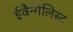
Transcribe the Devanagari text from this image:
ईवैन्गेलिस्ट